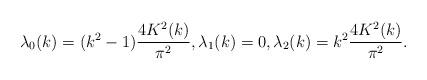
LaTeX: \begin{align*}\lambda_0(k) = (k^2 - 1) \frac{4 K^2(k)}{\pi^2}, \lambda_1(k) = 0, \lambda_2(k) = k^2 \frac{4 K^2(k)}{\pi^2}.\end{align*}